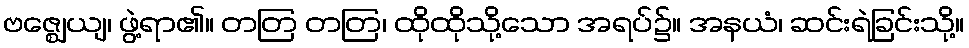
ဗဇ္ဈေယျ၊ ဖွဲ့ရာ၏။ တတြ တတြ၊ ထိုထိုသို့သော အရပ်၌။ အနယံ၊ ဆင်းရဲခြင်းသို့။